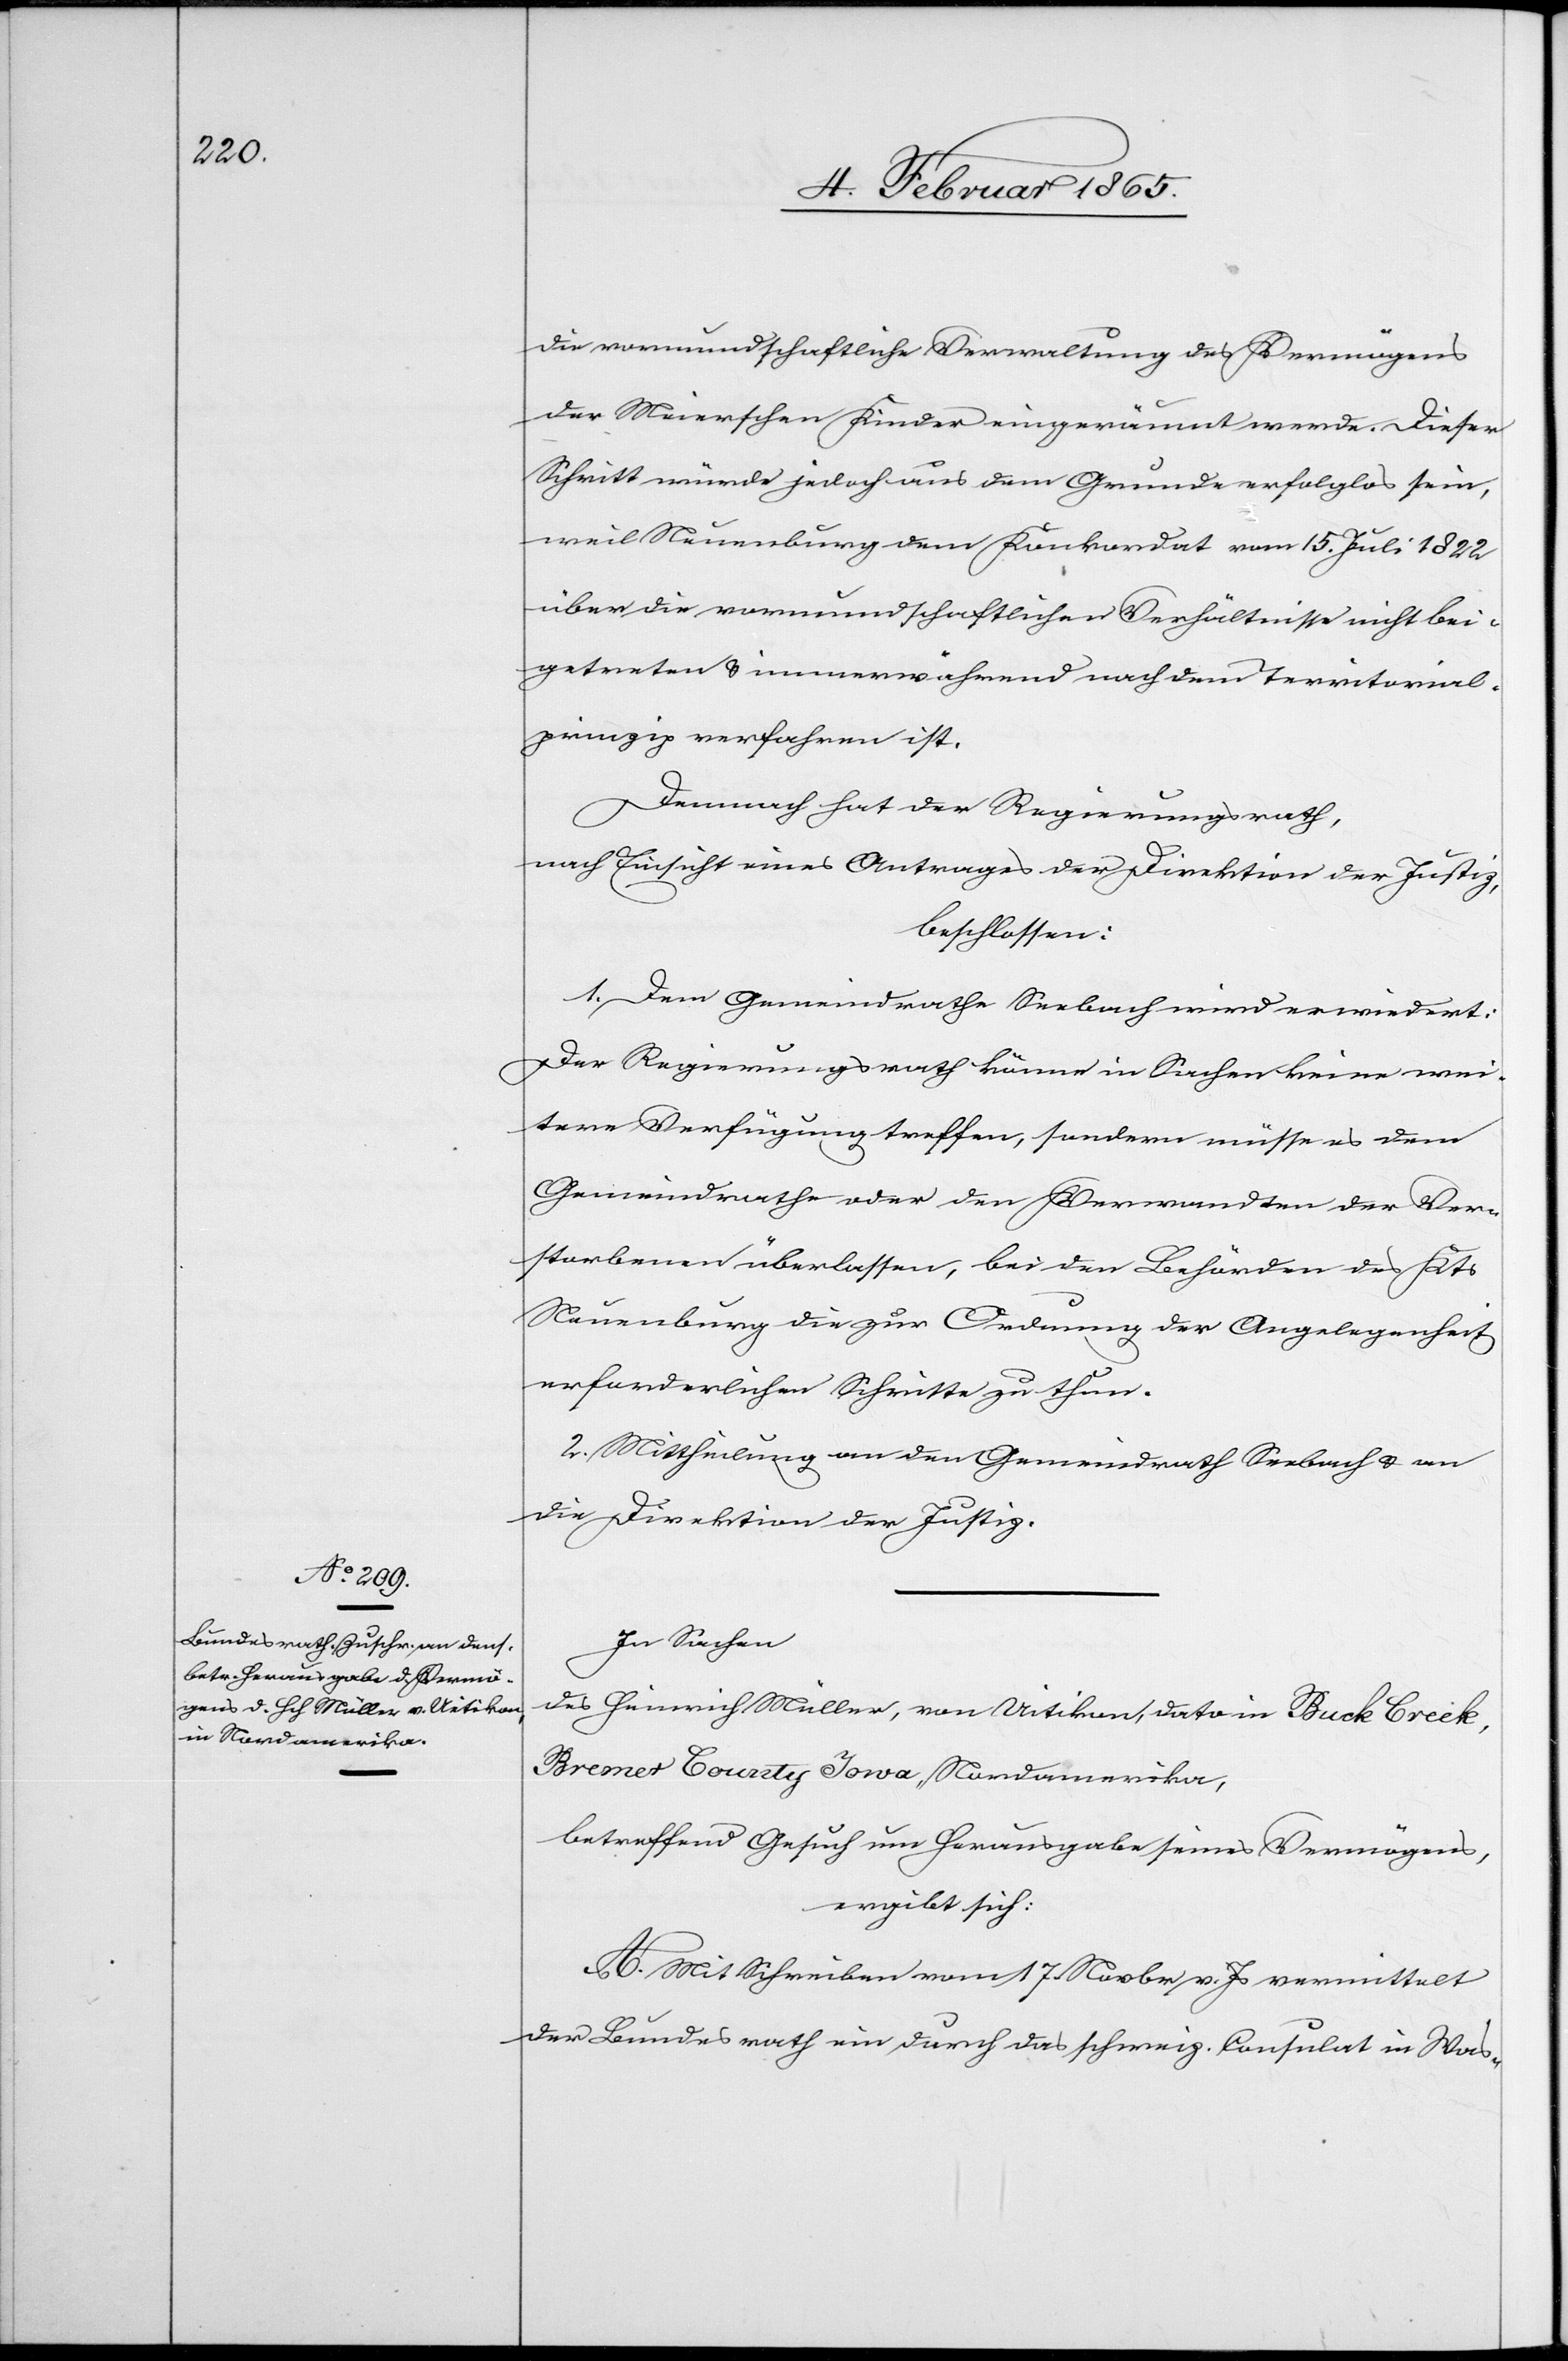
die vormundschaftliche Verwaltung des Vermögens
der Meierschen Kinder eingeräumt werden. Dieser
Schritt würde jedoch aus dem Grunde erfolglos sein,
weil Neuenburg dem Konkordat vom 15. Juli 1822
über die vormundschaftlichen Verhältnisse nicht bei¬
getreten u. immerwährend nach dem Territorial¬
prinzip verfahren ist.
Demnach hat der Regierungsrath,
nach Einsicht eines Antrages der Direktion der Justiz,
beschlossen:
1. Dem Gemeindrathe Seebach wird erwiedert:
Der Regierungsrath könne in Sachen keine wei¬
tere Verfügung treffen, sondern müsse es dem
Gemeindrathe oder den Verwandten der Ver¬
storbenen überlassen, bei den Behörden des Kts
Neuenburg die zur Ordnung der Angelegenheit
erforderlichen Schritte zu thun.
2. Mittheilung an den Gemeindrath Seebach u. an
die Direktion der Justiz.
In Sachen
des Heinrich Müller, von Uitikon, dato im Buck Creek,
Bremer County Iowa, Nordamerika,
betreffend Gesuch um Herausgabe seines Vermögens,
ergibt sich:
A. Mit Schreiben vom 17. Novbr v. Js vermittelt
der Bundesrath ein durch das schweiz. Consulat in Was-